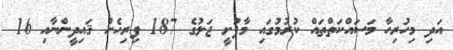
އަދި މިހުރިހާ މަސައްކަތްތައް ކުރުމުގައި މާފުށީ ޖަލުގެ 187 ފިރިހެން ޤައިދީންނާއި 16